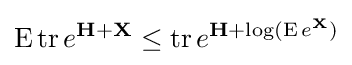
\operatorname {E} \operatorname {tr} e^{\mathbf {H} +\mathbf {X} }\leq \operatorname {tr} e^{\mathbf {H} +\log(\operatorname {E} e^{\mathbf {X} })}